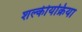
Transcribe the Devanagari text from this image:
शल्कीयक्रिया